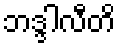
ဘဒ္ဒါလီတိ